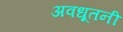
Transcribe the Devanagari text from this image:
अवधूतनी